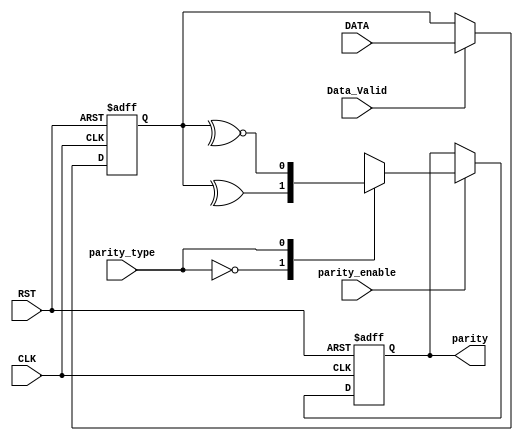
module parity_calc #(parameter IN_WIDTH = 8) (
	input 	wire 							CLK,
	input 	wire 							RST,
	input 	wire 	[IN_WIDTH - 1 : 0] 		DATA,
	input 	wire 							Data_Valid,
	input   wire 							parity_enable,
 	input   wire 							parity_type,
 	output  reg                   			parity 
	);

	reg parity_next;
	reg [IN_WIDTH - 1 : 0] DATA_reg;

	// register the input
	always @ (negedge RST or posedge CLK)
		begin
			if (!RST)
				begin
					DATA_reg <= 'b0;
				end
			else if (Data_Valid)
				begin
					DATA_reg <= DATA;
				end
		end

	// output
	always @ (negedge RST or posedge CLK)
		begin
			if (!RST)
				begin
					parity <= 'b0;
				end
			else
				begin
					parity <= parity_next;
				end
		end

	always @ (*)
		begin
			if (parity_enable)
				begin
					case (parity_type)
						1'b0 : begin                 
								parity_next = ^DATA_reg;     // Even Parity
							end
						1'b1 : begin
								parity_next = ~^DATA_reg;     // Odd Parity
							end		
              		endcase 
				end
			else
				begin
					parity_next = parity;
				end
		end

endmodule